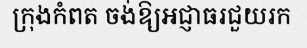
ក្រុងកំពត ចង់ឱ្យអជ្ញាធរជួយរក